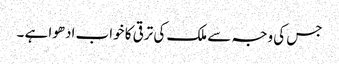
جس کی وجہ سے ملک کی ترقی کا خواب ادھوا ہے ۔